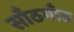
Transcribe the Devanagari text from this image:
साँठगाँठ